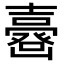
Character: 𡕉